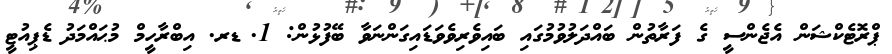
ޕްރޮޓެކްޝަން އެޖެންސީ ގެ ފަރާތުން ބައްދަލުވުމުގައި ބައިވެރިވެވަޑައިގަންނަވާ ބޭފުޅުން: 1.	ޑރ. އިބްރާހީމް މުޙައްމަދު	ޑެޕިއުޓީ